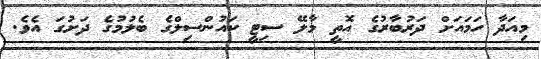
މިއަދާ ހަމައަށް ދަރުބާރުގެ އޮތީ މާލޭ ސިޓީ ކައުންސިލްގެ ބެލުމުގެ ދަށުގަ އެވެ.